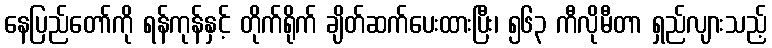
နေပြည်တော်ကို ရန်ကုန်နှင့် တိုက်ရိုက် ချိတ်ဆက်ပေးထားပြီး၊ ၅၆၃ ကီလိုမီတာ ရှည်လျားသည့်